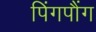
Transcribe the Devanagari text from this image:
पिंगपौंग